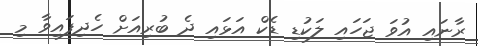
ރާނައި އުވަ ޖަހައި ލަކުޑި ޑެކް އަޅައި ދެ ބުރިއަށް ހެދިފައިވާ މި